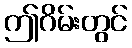
ဤဂိမ်းတွင်